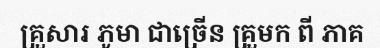
គ្រួសារ ភូមា ជាច្រើន គ្រួមក ពី ភាគ